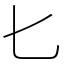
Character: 𠤎